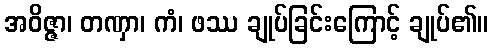
အဝိဇ္ဇာ၊ တဏှာ၊ ကံ၊ ဖဿ ချုပ်ခြင်းကြောင့် ချုပ်၏။